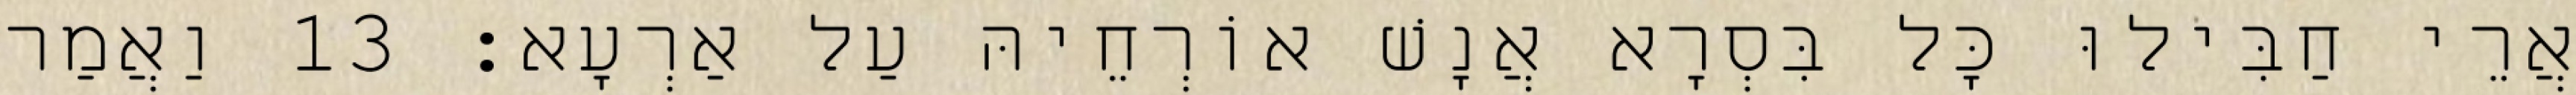
אֲרֵי חַבִּילוּ כָּל בִּסְרָא אֲנָשׁ אוֹרְחֵיהּ עַל אַרְעָא׃ 13 וַאֲמַר